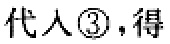
代入\textcircled{3}，得